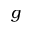
g